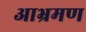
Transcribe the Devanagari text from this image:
आभ्रमण